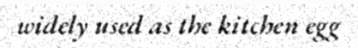
widely used as the kitchen egg